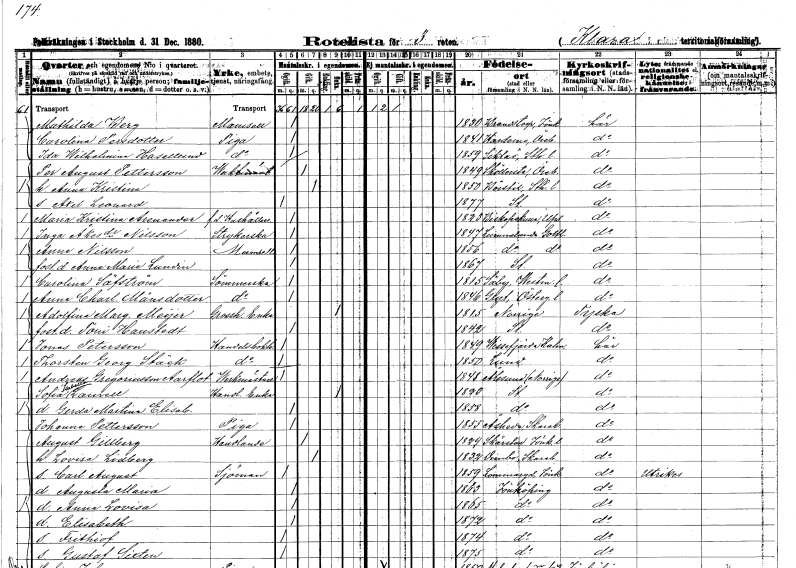
gt_parse: households: individuals: FN: Mathilda
EN: Berg
KON: K
CIV: O
FODAR: 1830
FODFORS: Brandstorp Skaraborgs län
FN: Carolina
EN: Persdotter
YRKE: Piga
KON: K
CIV: O
FODAR: 1841
FODFORS: Hardemo Örebro län
FN: Ida Wilhelmina
EN: Hasellund
YRKE: Piga
KON: K
CIV: O
FODAR: 1859
FODFORS: Sicklaö Stockholms län
FN: Per August
EN: Pettersson
YRKE: Vaktmästare
KON: M
CIV: G
FODAR: 1849
FODFORS: Sköllersta Örebro län
FN: Anna Kristina
KON: K
CIV: G
FODAR: 1850
FODFORS: Börstig Skaraborgs län
FN: Axel Leonard
KON: M
CIV: O
FODAR: 1877
FODFORS: Stockholm
FN: Maria Kristina
EN: Arenander
YRKE: Hushållerska f.d.
KON: K
CIV: O
FODAR: 1823
FODFORS: Biskopskulla Uppsala län
FN: Inga
EN: Åkesdotter Nilsson
YRKE: Strykerska
KON: K
CIV: O
FODAR: 1847
FODFORS: Lummelunda Gotlands län
FN: Anna
EN: Nilsson
KON: K
CIV: O
FODAR: 1856
FODFORS: Lummelunda Gotlands län
FN: Anna Maria
EN: Lundin
KON: K
CIV: O
FODAR: 1867
FODFORS: Stockholm
FN: Carolina
EN: Säfström
YRKE: Sömmerska
KON: K
CIV: O
FODAR: 1815
FODFORS: Säby Västmanlands län
FN: Anna Charlotta
EN: Månsdotter
YRKE: Sömmerska
KON: K
CIV: O
FODAR: 1846
FODFORS: Gryt Östergötlands län
FN: Adolfina Margreta
EN: Meijer
YRKE: Grosshandlareänka
KON: K
CIV: E
FODAR: 1815
FN: Toni
EN: Haustedt
KON: K
CIV: O
FODAR: 1842
FODFORS: Stockholm
FN: Jonas
EN: Petersson
YRKE: Handelsbokhållare
KON: M
CIV: O
FODAR: 1849
FODFORS: Vissefjärda Kalmar län
FN: Thorsten Georg
EN: Stäck
YRKE: Handelsbokhållare
KON: M
CIV: O
FODAR: 1850
FODFORS: Lund Malmöhus län
FN: Andreas
EN: Gregoriusson Aarflot
YRKE: Verkmästare
KON: M
CIV: O
FODAR: 1848
FN: Sofia Isabella
EN: Laurell
YRKE: Handlandeänka
KON: K
CIV: E
FODAR: 1823
FODFORS: Stockholm
FN: Gerda Martina Elisabet
KON: K
CIV: O
FODAR: 1858
FODFORS: Stockholm
FN: Johanna
EN: Pettersson
YRKE: Piga
KON: K
CIV: O
FODAR: 1855
FODFORS: Åseda Kronobergs län
FN: August
EN: Gillberg
YRKE: Handlande
KON: M
CIV: G
FODAR: 1829
FODFORS: Skärstad Jönköpings län
FN: Lovisa
EN: Lidberg
KON: K
CIV: G
FODAR: 1832
FODFORS: Dimbo Skaraborgs län
FN: Carl August
YRKE: Sjöman
KON: M
CIV: O
FODAR: 1859
FODFORS: Lommaryd Jönköpings län
FN: Augusta Maria
KON: K
CIV: O
FODAR: 1863
FODFORS: Jönköping Jönköpings län
FN: Anna Lovisa
KON: K
CIV: O
FODAR: 1865
FODFORS: Jönköping Jönköpings län
FN: Elisabeth
KON: K
CIV: O
FODAR: 1872
FODFORS: Jönköping Jönköpings län
FN: Frithiof
KON: M
CIV: O
FODAR: 1874
FODFORS: Jönköping Jönköpings län
FN: Gustaf Sixten
KON: M
CIV: O
FODAR: 1875
FODFORS: Jönköping Jönköpings län